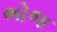
ભોજ